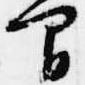
間